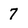
Character: 7